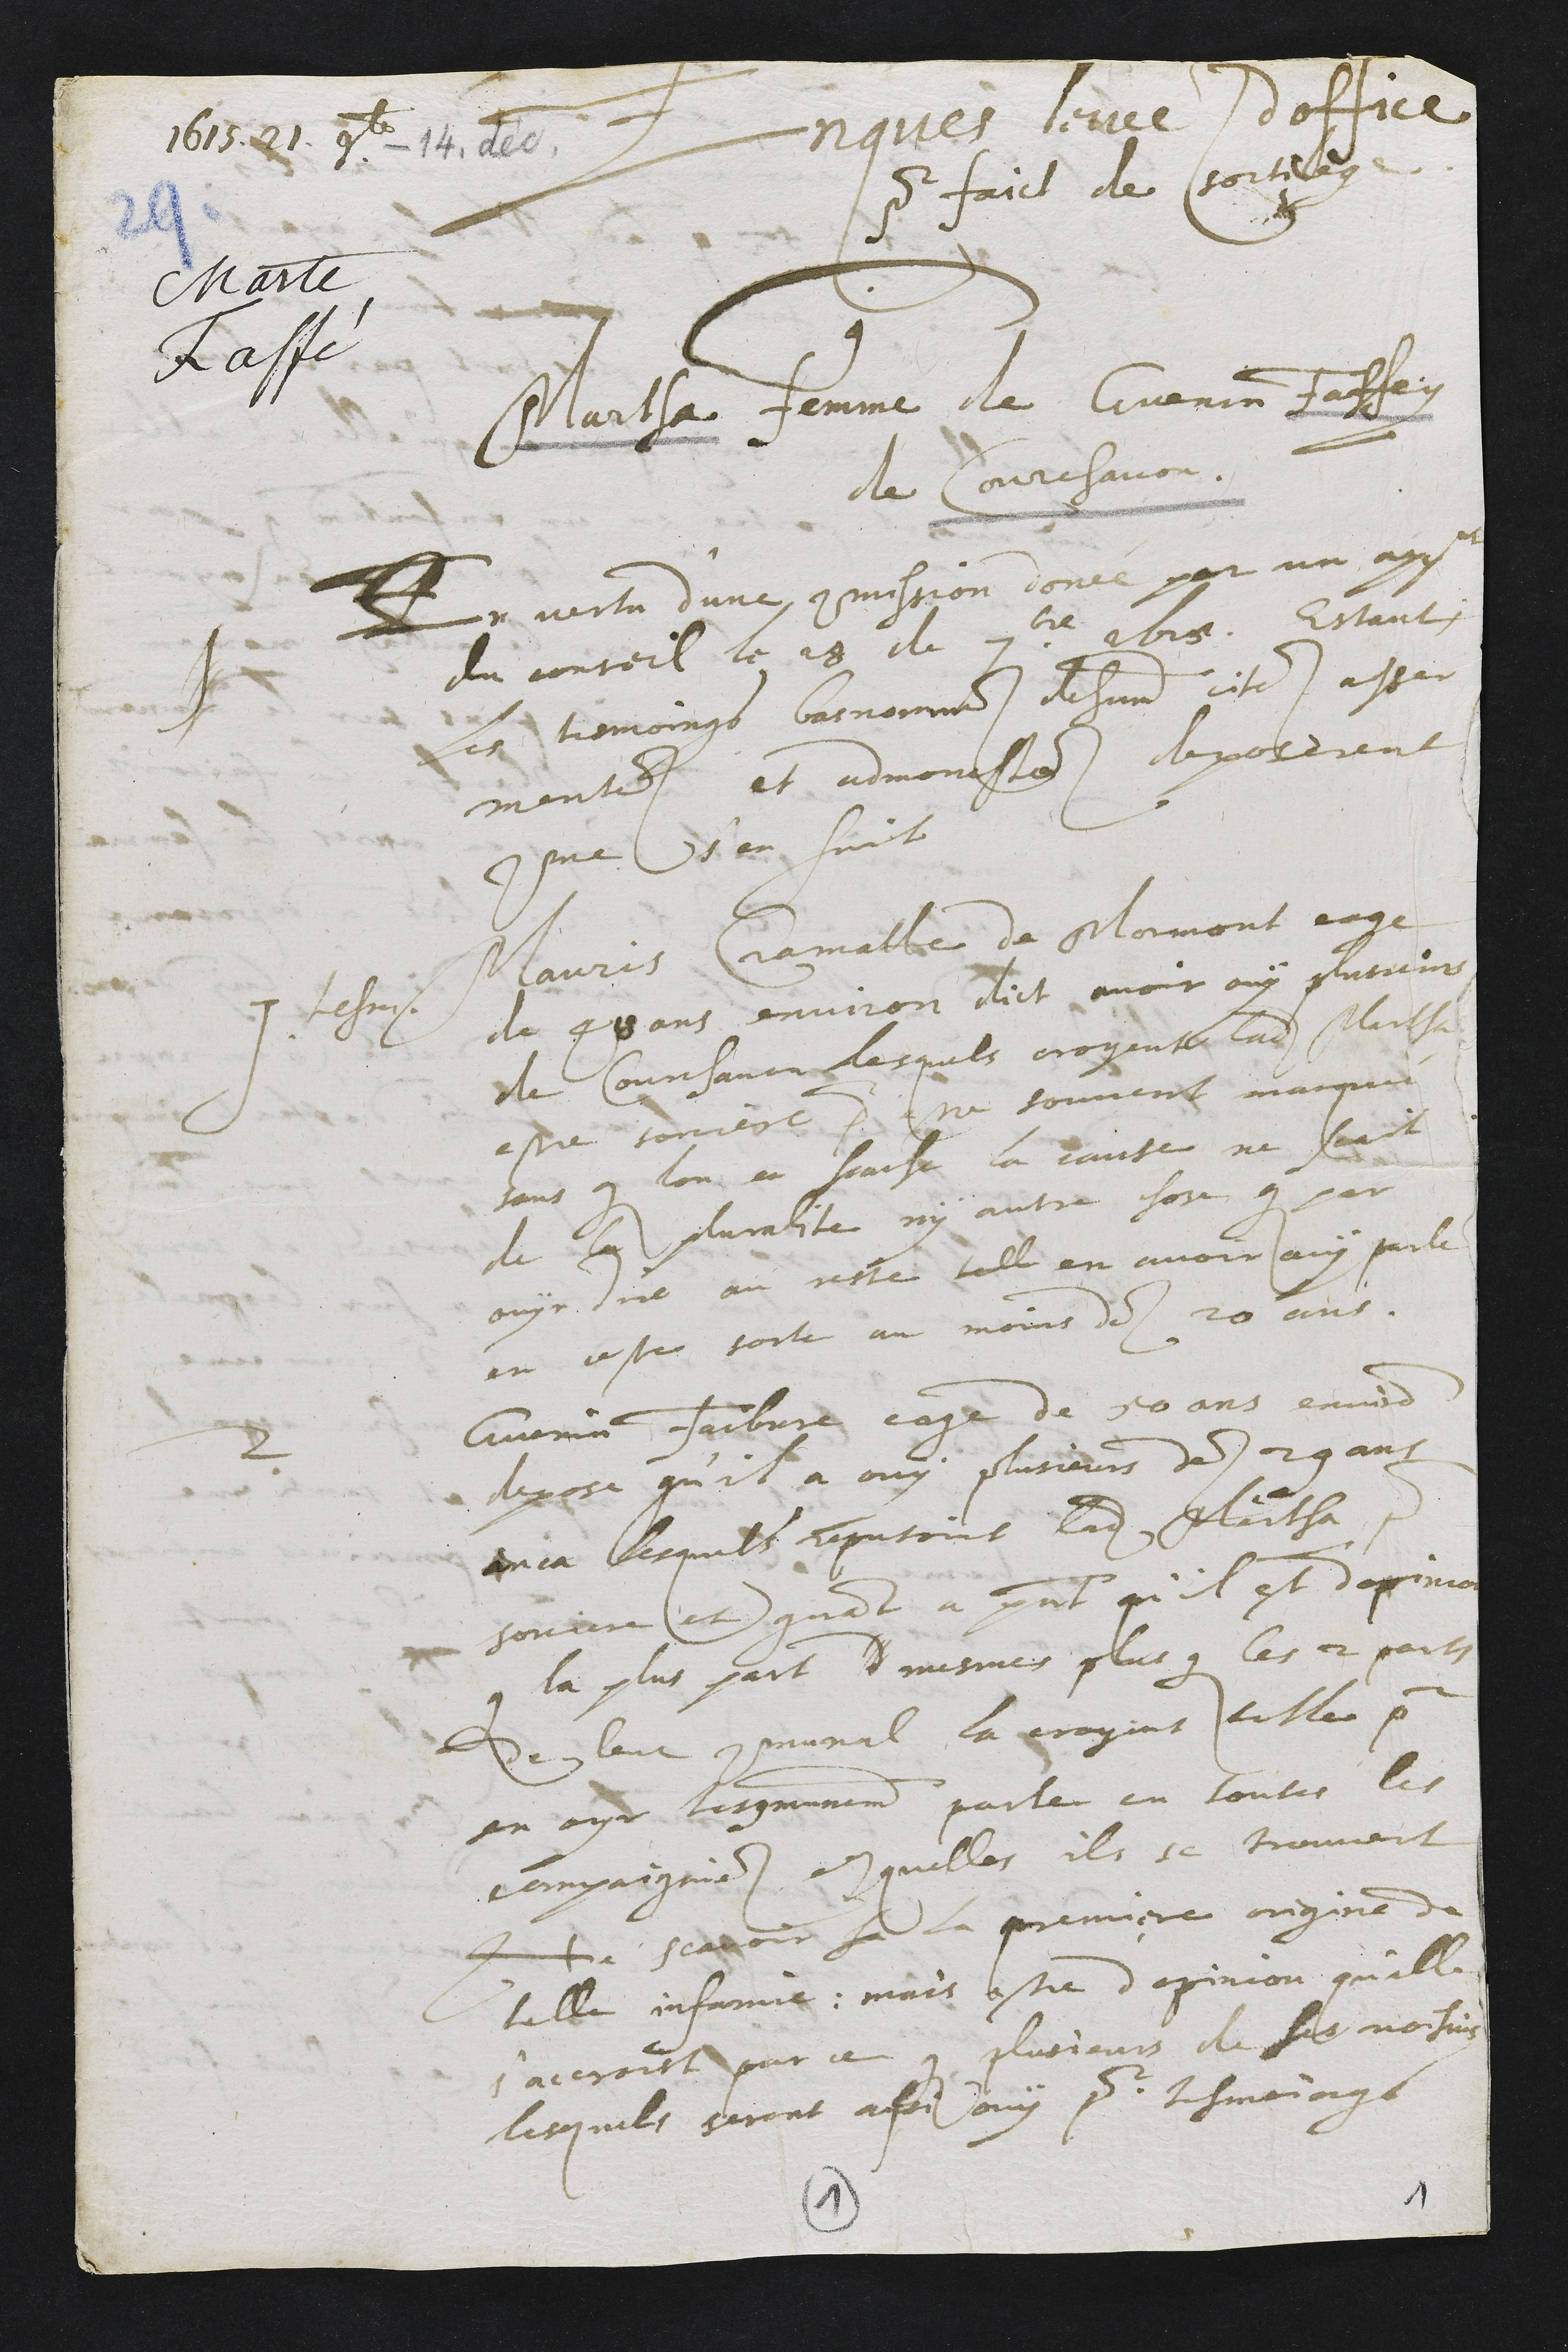
Enquetes levees d'office
1614. 21. novembre - 14 déc.
pour faict de sortilege
Martha femme de Guenin Faffey
de Courchavon
1 En vertu d'une commission donée par un appointement
du conseil le 28 de septembre 1615 Estant
les temoings basnommes dehuement cites asser
mentes et admonestes deposerent
comme s'en suit
1. tesmoin Mauris Cramatte de Mormont eage
de 48 ans environ dict avoir ouy plusieurs
de Courchavon lesquels croyent ladite Marthe
estre sorciere pour estre souvent marquée
sans que lon en scache la cause ne scait
de la pluralite ny autre chose que par
ouyr dire au reste tell en avoir ouy parle
en ceste sorte au moins des 20 ans.
2 Guenin Faibvre eage de 50 ans environ
depose qu'il a ouy plusieurs des 29 ans
enca lesquels reputoint ladite Martha pour
sorciere et quant a present qu'il est d'opinion
que la plus part d mesmes plus que les 2 parts
de leur communal la croyent telle pour
en ouyr tres communement parler en toutes les
compagnies esquelles ils se trouvent
Ne scavoir sa la premiere origine de
telle infamie, mais estre d'opinion qu'elle
s'accroist par ce que plusieurs de ses voisins
lesquels seront aussi ouy pour tesmoings